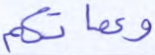
وعماتكم